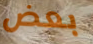
بعض